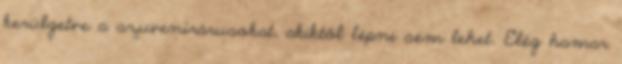
kerülgetve a szuvenírárusokat, akiktől lépni sem lehet. Elég hamar